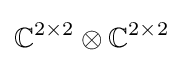
\mathbb {C} ^{2\times 2}\otimes \mathbb {C} ^{2\times 2}